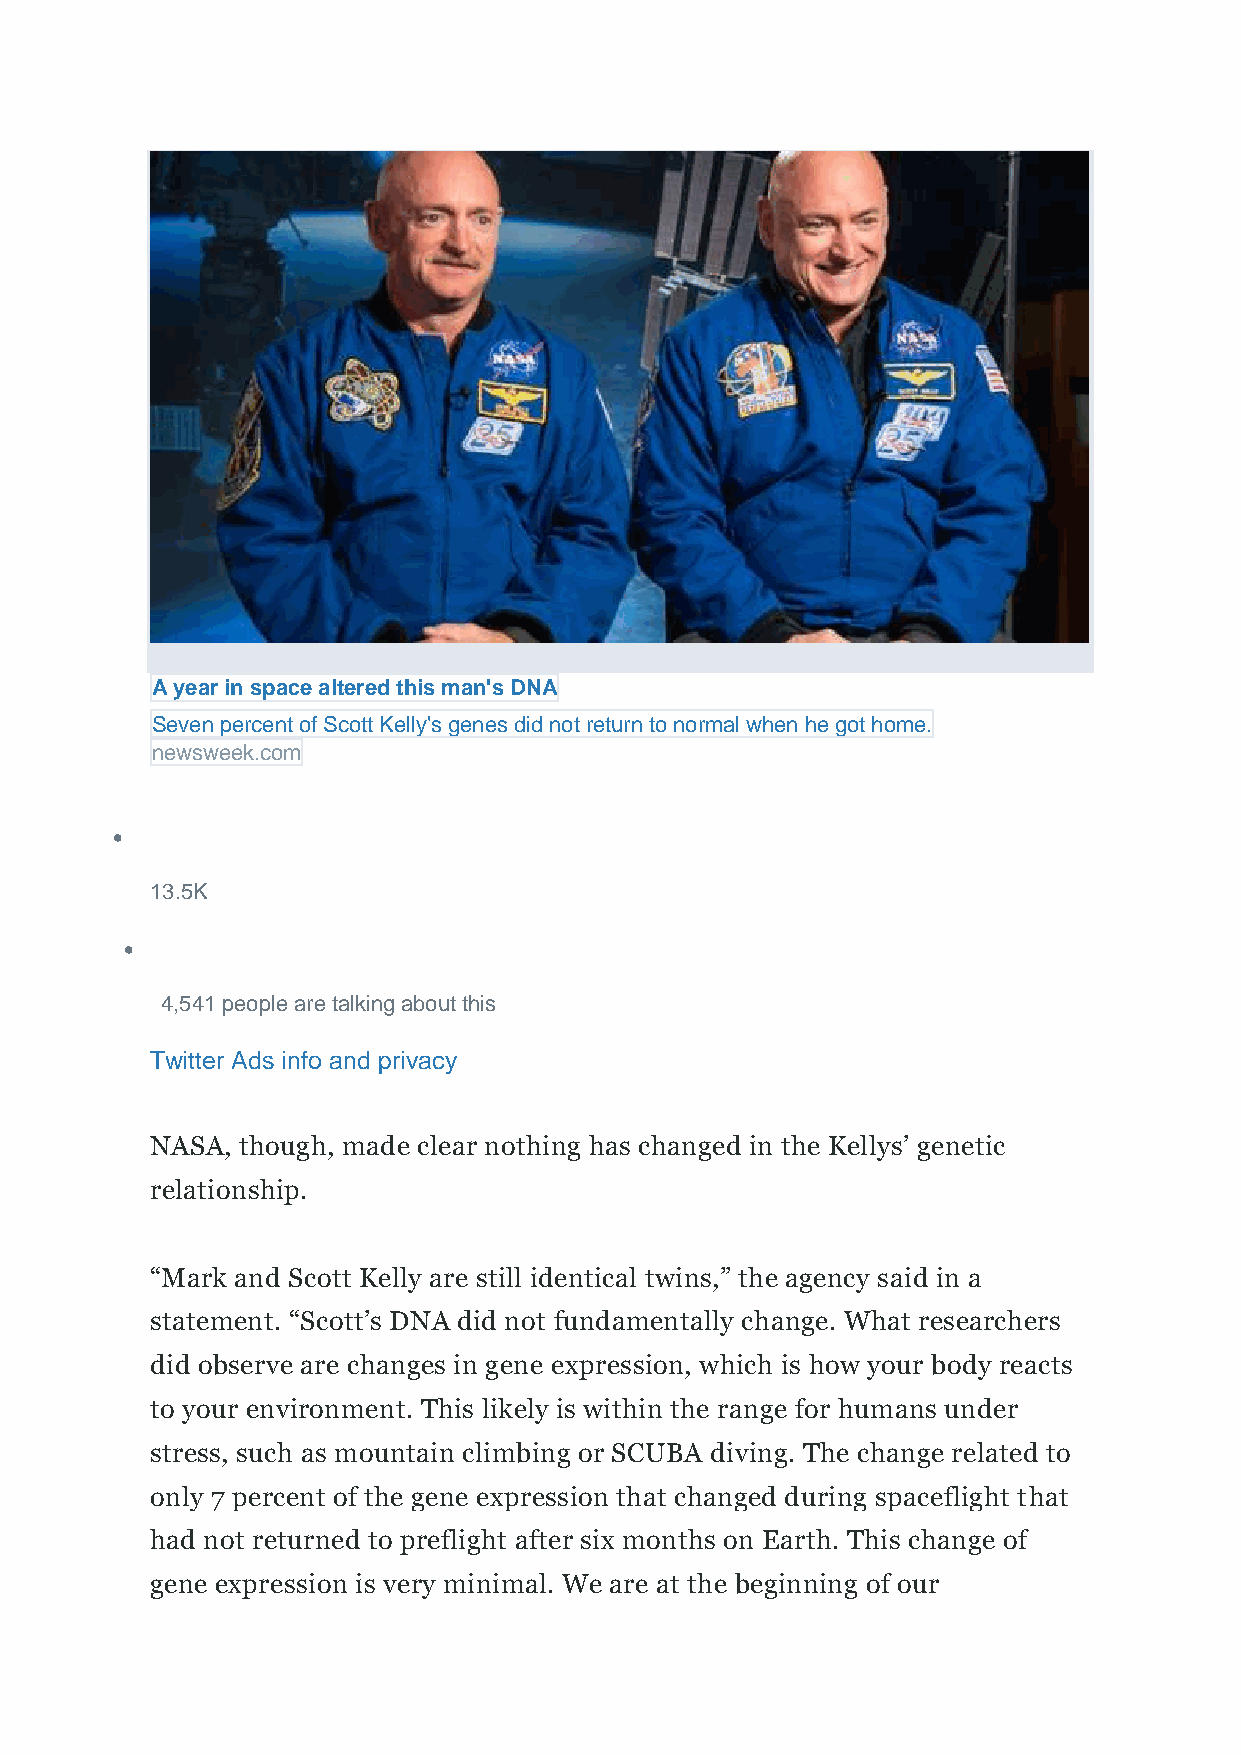
A year in space altered this man's DNA
 Seven percent of Scott Kelly's genes did not return to normal when he got home.
 newsweek.com
 •
 13.5K
 •
 4,541 people are talking about this
 Twitter Ads info and privacy
 NASA, though, made clear nothing has changed in the Kellys’ genetic
 relationship.
 “Mark and Scott Kelly are still identical twins,” the agency said in a
 statement. “Scott’s DNA did not fundamentally change. What researchers
 did observe are changes in gene expression, which is how your body reacts
 to your environment. This likely is within the range for humans under
 stress, such as mountain climbing or SCUBA diving. The change related to
 only 7 percent of the gene expression that changed during spaceflight that
 had not returned to preflight after six months on Earth. This change of
 gene expression is very minimal. We are at the beginning of our